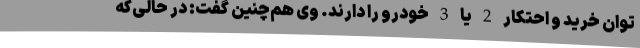
توان خرید و احتکار 2 یا 3 خودرو را دارند. وی هم‌چنین گفت: در حالی‌که